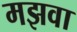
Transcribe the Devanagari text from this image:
मझवा